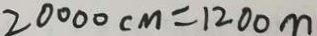
2 0 0 0 0 c m = 1 2 0 0 m